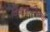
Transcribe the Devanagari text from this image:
विकास।स्त्रियांचा